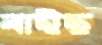
বাইছ